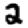
Digit: 2